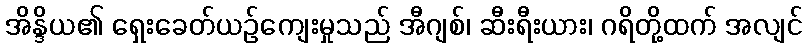
အိန္ဒိယ၏ ရှေးခေတ်ယဉ်ကျေးမှုသည် အီဂျစ်၊ ဆီးရီးယား၊ ဂရိတို့ထက် အလျင်